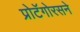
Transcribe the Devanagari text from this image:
प्रोटॅगोरसने